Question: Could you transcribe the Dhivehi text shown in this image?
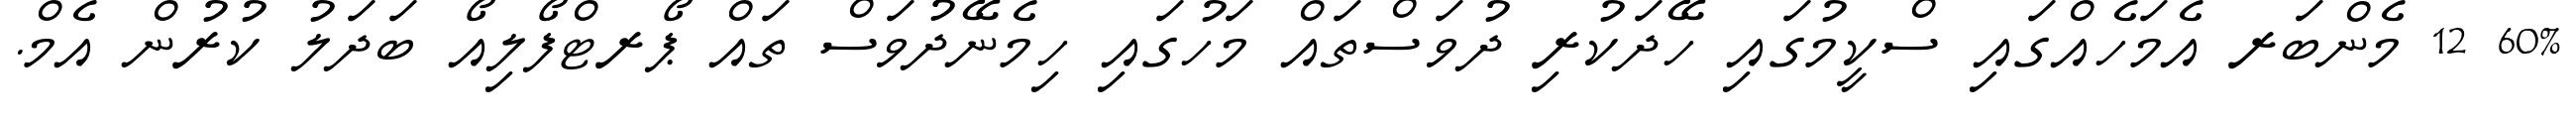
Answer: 60% 12 މެންބަރ އެމަހެއްގައި ސްކީމުގައި ހޭދަކުރި ދުވަސްތައް މަހުގައި ހިމެނޭދުވަސް ތައް ޕޯރޓްފޯލިއޯ ބަދަލު ކުރުން އެމް.